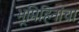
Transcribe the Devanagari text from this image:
भूमिहिनांचा